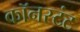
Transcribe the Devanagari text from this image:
कॉनस्टंट